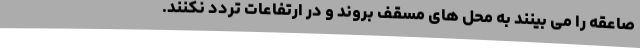
صاعقه را می بینند به محل های مسقف بروند و در ارتفاعات تردد نکنند.